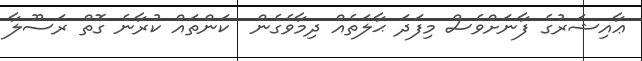
ޢާއިޝަރުގެ ފާނަށްވެސް މިފަދަ ޙާލަތެއް ދިމާވެގެން  ކަންތައް ކުރާނެ ގޮތް ރަސޫލާ